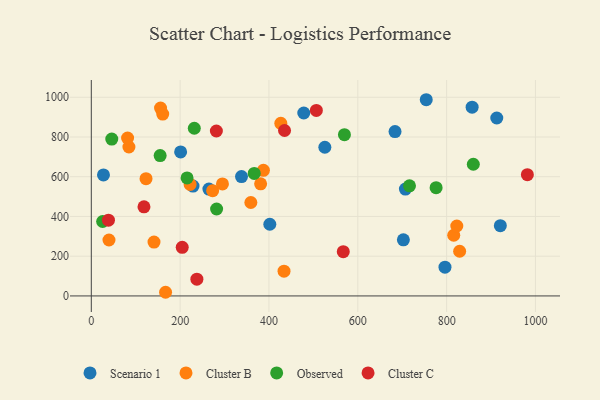
{"axis": {"x": "Speed", "y": "Profit"}, "legend": ["Cluster B", "Cluster C", "Observed", "Scenario 1"], "data": [{"x": "478.4", "y": 920.7, "type": "Scenario 1"}, {"x": "857.4", "y": 949.9, "type": "Scenario 1"}, {"x": "702.6", "y": 282.4, "type": "Scenario 1"}, {"x": "201.1", "y": 724.9, "type": "Scenario 1"}, {"x": "525.8", "y": 748.4, "type": "Scenario 1"}, {"x": "229.0", "y": 553.2, "type": "Scenario 1"}, {"x": "707.2", "y": 537.8, "type": "Scenario 1"}, {"x": "754.1", "y": 987.6, "type": "Scenario 1"}, {"x": "264.8", "y": 537.9, "type": "Scenario 1"}, {"x": "912.9", "y": 895.7, "type": "Scenario 1"}, {"x": "683.8", "y": 827.3, "type": "Scenario 1"}, {"x": "338.2", "y": 600.8, "type": "Scenario 1"}, {"x": "27.4", "y": 609.3, "type": "Scenario 1"}, {"x": "920.9", "y": 353.4, "type": "Scenario 1"}, {"x": "796.3", "y": 144.6, "type": "Scenario 1"}, {"x": "401.9", "y": 360.7, "type": "Scenario 1"}, {"x": "816.0", "y": 305.4, "type": "Cluster B"}, {"x": "222.5", "y": 561.1, "type": "Cluster B"}, {"x": "387.5", "y": 632.4, "type": "Cluster B"}, {"x": "123.2", "y": 590.4, "type": "Cluster B"}, {"x": "273.2", "y": 529.9, "type": "Cluster B"}, {"x": "84.7", "y": 749.7, "type": "Cluster B"}, {"x": "141.2", "y": 271.0, "type": "Cluster B"}, {"x": "426.7", "y": 868.9, "type": "Cluster B"}, {"x": "433.9", "y": 124.6, "type": "Cluster B"}, {"x": "155.9", "y": 945.6, "type": "Cluster B"}, {"x": "39.8", "y": 281.6, "type": "Cluster B"}, {"x": "160.8", "y": 915.6, "type": "Cluster B"}, {"x": "295.3", "y": 564.0, "type": "Cluster B"}, {"x": "381.2", "y": 564.4, "type": "Cluster B"}, {"x": "822.9", "y": 351.9, "type": "Cluster B"}, {"x": "81.7", "y": 794.7, "type": "Cluster B"}, {"x": "829.3", "y": 224.9, "type": "Cluster B"}, {"x": "167.2", "y": 18.4, "type": "Cluster B"}, {"x": "359.2", "y": 470.3, "type": "Cluster B"}, {"x": "716.4", "y": 554.4, "type": "Observed"}, {"x": "282.1", "y": 437.6, "type": "Observed"}, {"x": "46.1", "y": 789.7, "type": "Observed"}, {"x": "569.9", "y": 811.5, "type": "Observed"}, {"x": "25.5", "y": 374.6, "type": "Observed"}, {"x": "860.1", "y": 662.9, "type": "Observed"}, {"x": "155.0", "y": 706.3, "type": "Observed"}, {"x": "776.3", "y": 545.1, "type": "Observed"}, {"x": "366.8", "y": 616.4, "type": "Observed"}, {"x": "215.6", "y": 593.8, "type": "Observed"}, {"x": "231.9", "y": 844.1, "type": "Observed"}, {"x": "204.7", "y": 244.7, "type": "Cluster C"}, {"x": "506.7", "y": 933.7, "type": "Cluster C"}, {"x": "981.8", "y": 610.2, "type": "Cluster C"}, {"x": "118.6", "y": 448.5, "type": "Cluster C"}, {"x": "281.6", "y": 830.3, "type": "Cluster C"}, {"x": "38.6", "y": 381.5, "type": "Cluster C"}, {"x": "435.1", "y": 832.6, "type": "Cluster C"}, {"x": "237.7", "y": 84.3, "type": "Cluster C"}, {"x": "567.3", "y": 222.7, "type": "Cluster C"}]}